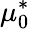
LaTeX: \mu_{0}^{*}